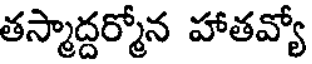
తస్మాద్దర్మోన హాతవ్యో